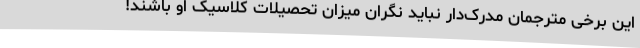
این برخی مترجمان مدرک‌دار نباید نگران میزان تحصیلات کلاسیک او باشند!